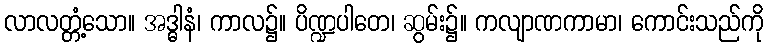
လာလတ္တံ့သော။ အဒ္ဓါနံ၊ ကာလ၌။ ပိဏ္ဍပါတေ၊ ဆွမ်း၌။ ကလျာဏကာမာ၊ ကောင်းသည်ကို